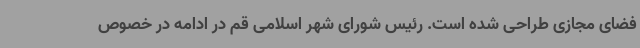
فضای مجازی طراحی شده است. رئیس شورای شهر اسلامی قم در ادامه در خصوص